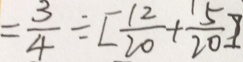
= \frac { 3 } { 4 } \div [ \frac { 1 2 } { 2 0 } + \frac { 5 } { 2 0 } ]